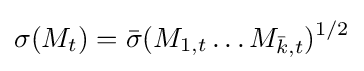
\sigma (M_{t})={\bar {\sigma }}(M_{1,t}\dots M_{{\bar {k}},t})^{1/2}